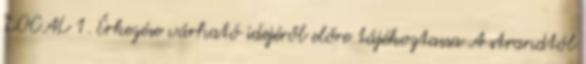
LOCAL 1. Érkezése várható idejéről előre tájékoztassa A strandtól